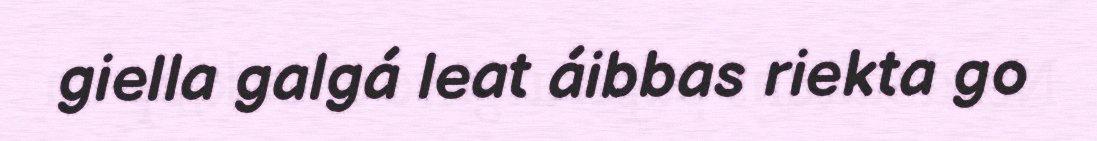
giella galgá leat áibbas riekta go